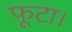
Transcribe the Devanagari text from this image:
फूटा।